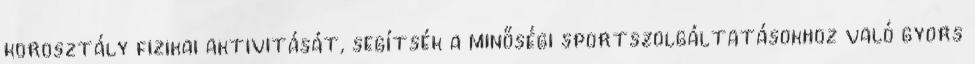
korosztály fizikai aktivitását, segítsék a minőségi sportszolgáltatásokhoz való gyors